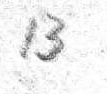
13